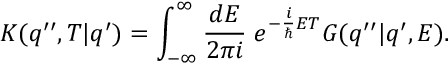
K ( q ^ { \prime \prime } , T | q ^ { \prime } ) = \int _ { - \infty } ^ { \infty } \frac { d E } { 2 \pi i } \; e ^ { - \frac { i } { \hbar } E T } G ( q ^ { \prime \prime } | q ^ { \prime } , E ) .